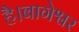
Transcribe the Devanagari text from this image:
है।बागेश्वर